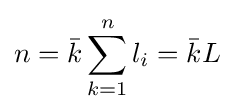
n={\bar {k}}\sum _{k=1}^{n}l_{i}={\bar {k}}L